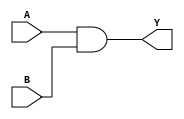
module combinational_logic (
    input wire A,
    input wire B,
    output wire Y
);

assign Y = A & B;

endmodule